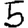
Digit: 5